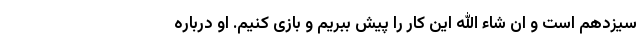
سیزدهم است و ان شاء الله این کار را پیش ببریم و بازی کنیم. او درباره